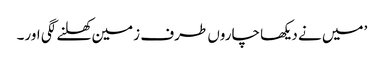
’میں نے دیکھا چاروں طرف زمین کھلنے لگی اور۔